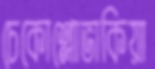
চেকোশ্লোভাকিয়া